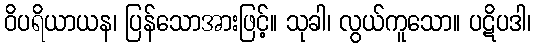
ဝိပရိယာယန၊ ပြန်သောအားဖြင့်။ သုခါ၊ လွယ်ကူသော။ ပဋိပဒါ၊